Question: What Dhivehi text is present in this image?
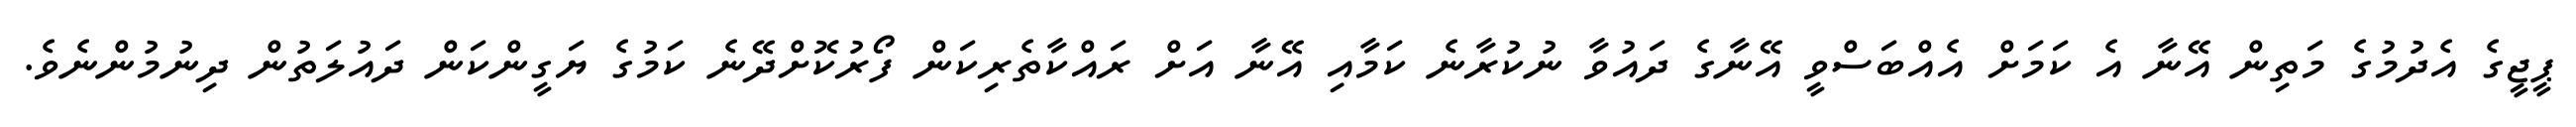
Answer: ޕީޖީގެ އެދުމުގެ މަތިން އޭނާ އެ ކަމަށް އެއްބަސްވީ އޭނާގެ ދައުވާ ނުކުރާނެ ކަމާއި އޭނާ އަށް ރައްކާތެރިކަން ފޯރުކޮށްދޭނެ ކަމުގެ ޔަގީންކަން ދައުލަތުން ދިނުމުންނެވެ.